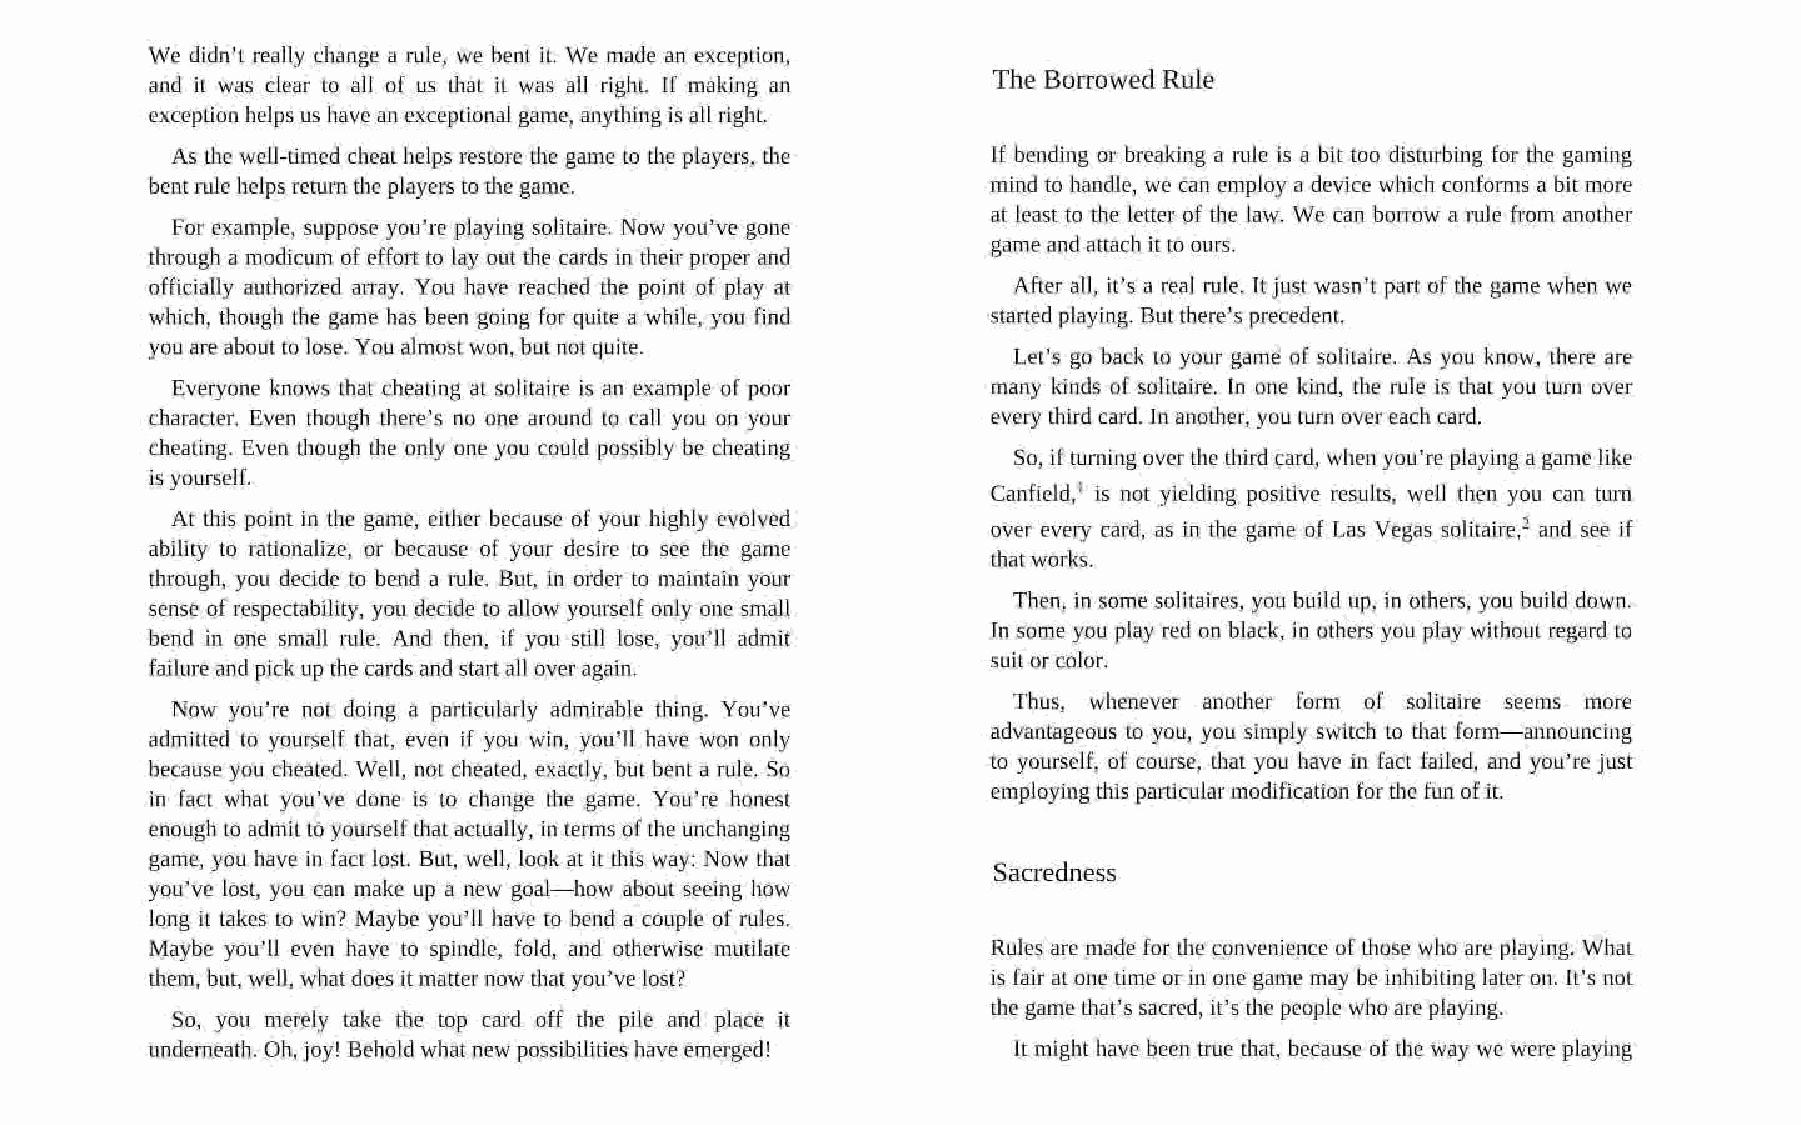
We didn’t really change a rule, we bent it. We made an exception,
 and it was clear to all of us that it was all right. If making an The Borrowed Rule
 exception helps us have an exceptional game, anything is all right.
 If bending or breaking a rule is a bit too disturbing for the gaming
 As the well-timed cheat helps restore the game to the players, the
 mind to handle, we can employ a device which conforms a bit more
 bent rule helps return the players to the game.
 at least to the letter of the law. We can borrow a rule from another
 For example, suppose you're playing solitaire. Now you’ve gone
 through a modicum of effort to lay out the cards in their proper and game and attach it to ours.
 officially authorized avray. You have reached the point of play at
 After all, it’s a real rule. Tt just wasn’t part of the game when we
 which, though the game has been going for quite a while, you find
 started playing. But there’s precedent,
 you are about to lose. You almost won, but not quite.
 Let's go back to your game of solitaire. As you know, there are
 Everyone knows that cheating at solitaire is an example of poor many kinds of solitaire. In one kind, the rule is that you turn over
 character, Even though there’s no one around to call you on your every third card. In another, you turn over each card.
 cheating. Even though the only one you could possibly be cheating
 So, if turning over the third card, when you're playing a game like
 is yourself.
 Canfield,' is not yielding positive results, well then you can tum
 At this point in the game, either because of your highly evolved
 over every card, as in the game of Las Vegas solitaire? and see if
 ability to rationalize, or because of your desire to see the game
 that works.
 through, you decide to bend a rule, But, in order to maintain your
 sense of respectability, you decide to allow yourself only one small Then, in some solitaires, you build up, in others, you build down
 In some you play red on black, in others you play without regard to
 bend in one small rule. And then, if you still lose, you'll admit
 failure and pick up the cards and start all over again. suil or color.
 Thus, whenever another form of solitaire seems more
 Now you're not doing a particularly admirable thing. You've
 advantageous to you, you simply switch to that fornm—announcing
 admitted to yourself that, even if you win, you'll have won only
 to yourself, of course, that you have in fact failed, and you’re just
 because you cheated. Well, not cheated, exactly, but bent a rule, So
 employing this particular modification for the fun of it.
 in fact what you've done is to change the game. You're honest
 enough to admit to yourself that actually, in terms of the unchanging
 game, you have in fact lost. But, well, look at it this way: Now that
 Sacredness
 you've lost, you can make up a new goal—how about seeing how
 long it takes to win? Maybe you'll have to bend a couple of rules.
 Maybe you'll even have to spindle, fold, and otherwise mutilate Rules are made for the convenience of those who are playing. What
 them, but, well, what does it matter now that you’ve lost? is fair at one time or in one game may be inhibiting later on. [t's not
 the game that’s sacred, it’s the people who are playing.
 So, you merely take the top card off the pile and place it
 underneath. Oh, joy! Behold what new possibilities have emerged!
 It might have been true that, because of the way we were playing